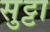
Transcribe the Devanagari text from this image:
सुट्टा